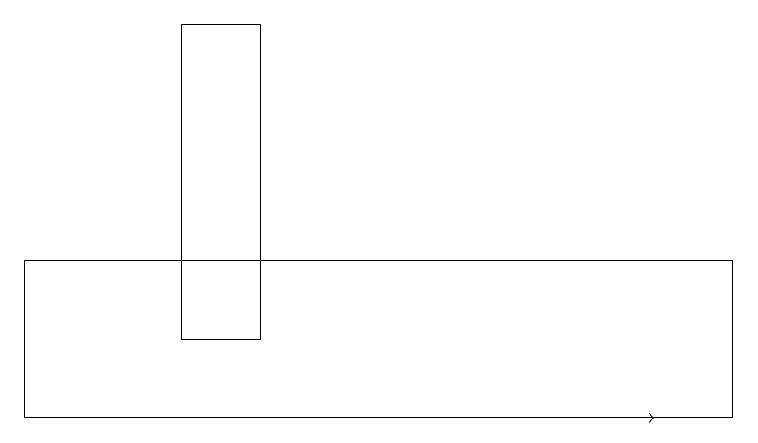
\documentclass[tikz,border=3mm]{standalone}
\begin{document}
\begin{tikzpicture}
\draw[->] (2,10) -- (8,10);
\draw (3,15) rectangle (2,11);
\draw (9,12) rectangle (0,10);
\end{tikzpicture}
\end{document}